65_HS1-834228961_62-HQ-83894_Serial_164
Agency: FBI
Page 101
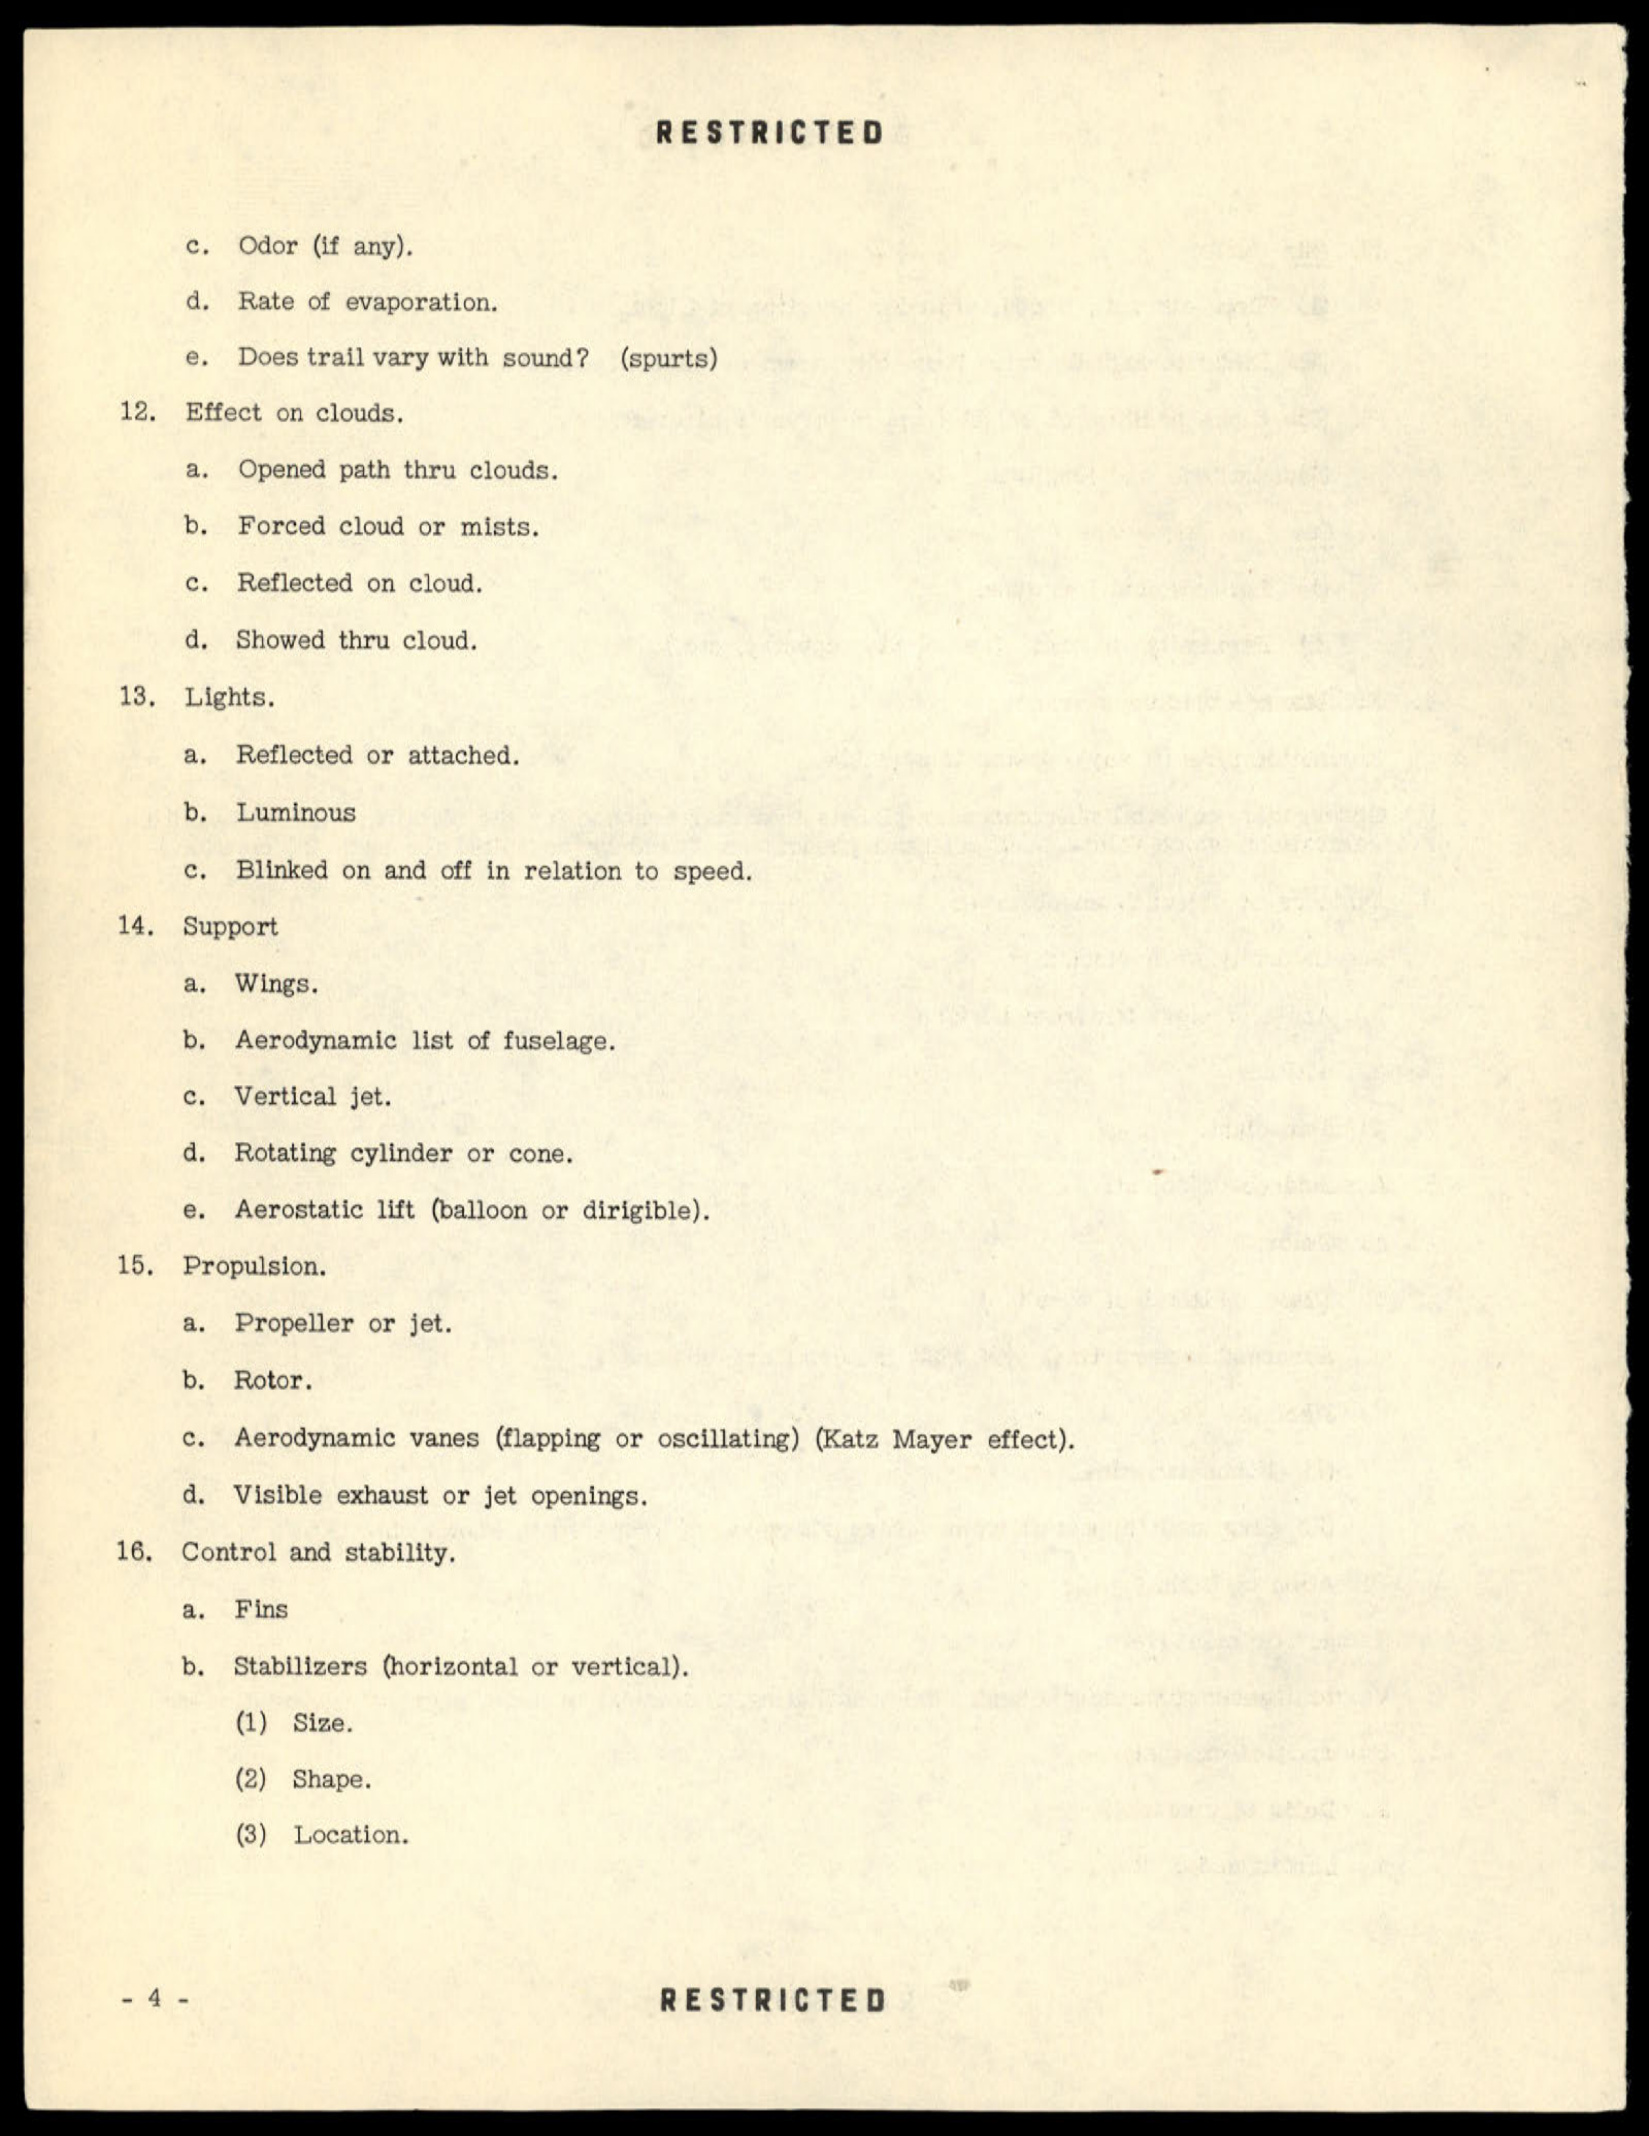